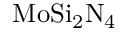
\mathrm { M o S i _ { 2 } N _ { 4 } }